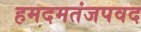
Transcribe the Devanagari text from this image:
हमदमतंजपवद